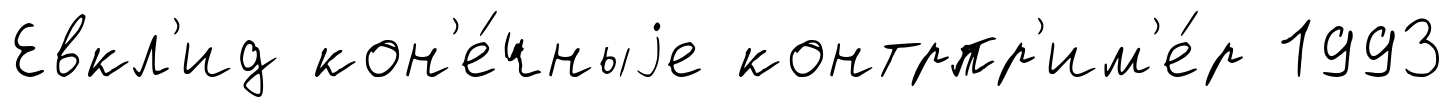
Евкл'ид кон'е́чныjе контрпр'им'е́р 1993